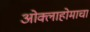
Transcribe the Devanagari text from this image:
ओक्लाहोमाचा